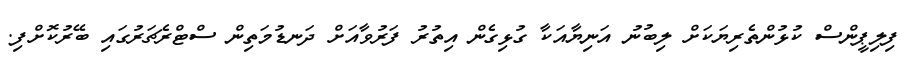
ފިލިޕީންސް ކުޅުންތެރިޔަކަށް ލިބުނު އަނިޔާއަކާ ގުޅިގެން އިތުރު ފަރުވާއަށް ދަނޑުމަތިން ސްޓްރެޗަރުގައި ބޭރުކޮށްފި.